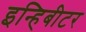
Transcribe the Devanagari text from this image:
इन्हिबीटर